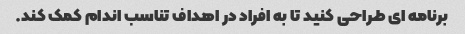
برنامه ای طراحی کنید تا به افراد در اهداف تناسب اندام کمک کند.